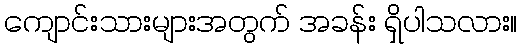
ကျောင်းသားများအတွက် အခန်း ရှိပါသလား။